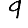
Digit: 9